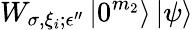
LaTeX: W_{\sigma,\xi_{i};\epsilon^{\prime\prime}}\left|0^{m_{2}}\right\rangle\left|\psi\right\rangle